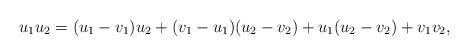
LaTeX: \begin{align*}u_1u_2=(u_1-v_1)u_2+(v_1-u_1)(u_2-v_2)+u_1(u_2-v_2)+v_1v_2,\end{align*}